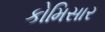
કોમિસાર